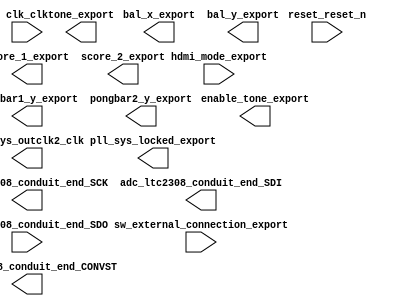

module DE10_NANO_QSYS (
	adc_ltc2308_conduit_end_CONVST,
	adc_ltc2308_conduit_end_SCK,
	adc_ltc2308_conduit_end_SDI,
	adc_ltc2308_conduit_end_SDO,
	bal_x_export,
	bal_y_export,
	clk_clk,
	enable_tone_export,
	hdmi_mode_export,
	pll_sys_locked_export,
	pll_sys_outclk2_clk,
	pongbar1_y_export,
	pongbar2_y_export,
	reset_reset_n,
	score_1_export,
	score_2_export,
	sw_external_connection_export,
	tone_export);	

	output		adc_ltc2308_conduit_end_CONVST;
	output		adc_ltc2308_conduit_end_SCK;
	output		adc_ltc2308_conduit_end_SDI;
	input		adc_ltc2308_conduit_end_SDO;
	output	[15:0]	bal_x_export;
	output	[15:0]	bal_y_export;
	input		clk_clk;
	output		enable_tone_export;
	input	[3:0]	hdmi_mode_export;
	output		pll_sys_locked_export;
	output		pll_sys_outclk2_clk;
	output	[15:0]	pongbar1_y_export;
	output	[15:0]	pongbar2_y_export;
	input		reset_reset_n;
	output	[7:0]	score_1_export;
	output	[7:0]	score_2_export;
	input	[9:0]	sw_external_connection_export;
	output	[1:0]	tone_export;
endmodule